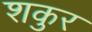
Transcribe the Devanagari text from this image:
शकुर